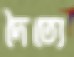
দৈত্যে